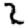
Digit: 2